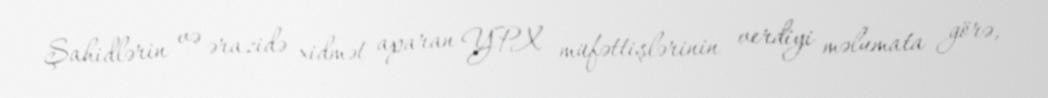
Şahidlərin və ərazidə xidmət aparan YPX müfəttişlərinin verdiyi məlumata görə,